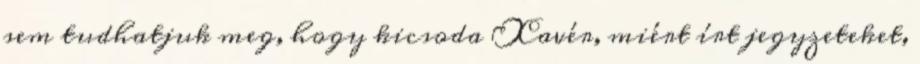
sem tudhatjuk meg, hogy kicsoda Xavér, miért írt jegyzeteket,